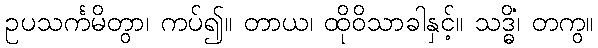
ဥပသင်္ကမိတွာ၊ ကပ်၍။ တာယ၊ ထိုဝိသာခါနှင့်။ သဒ္ဓိံ၊ တကွ။